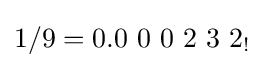
1/9=0.0\ 0\ 0\ 2\ 3\ 2_{!}